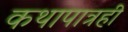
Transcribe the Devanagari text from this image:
कथापात्रही